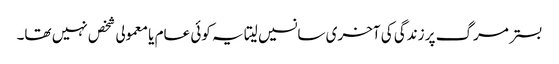
بستر مرگ پر زندگی کی آخری سانسیں لیتا یہ کوئی عام یا معمولی شخص نہیں تھا۔